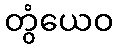
တွံယေဝ